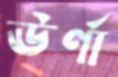
ঊর্ণা